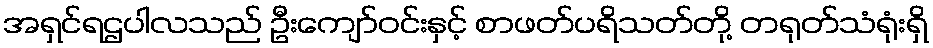
အရှင်ရဌပါလသည် ဦးကျော်ဝင်းနှင့် စာဖတ်ပရိသတ်တို့ တရုတ်သံရုံးရှိ